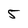
Character: 5